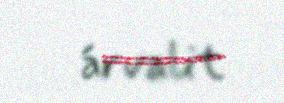
árvalit